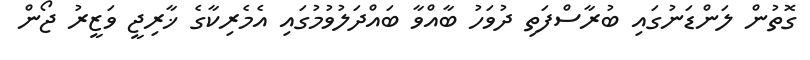
ގޮތުން ލަންޑަނުގައި ބުރާސްފަތި ދުވަހު ބާއްވާ ބައްދަލުވުމުގައި އެމެރިކާގެ ޚާރިޖީ ވަޒީރު ޖޯން